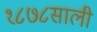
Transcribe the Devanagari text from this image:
१८७८साली